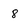
Character: 8